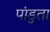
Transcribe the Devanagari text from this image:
पांडुता